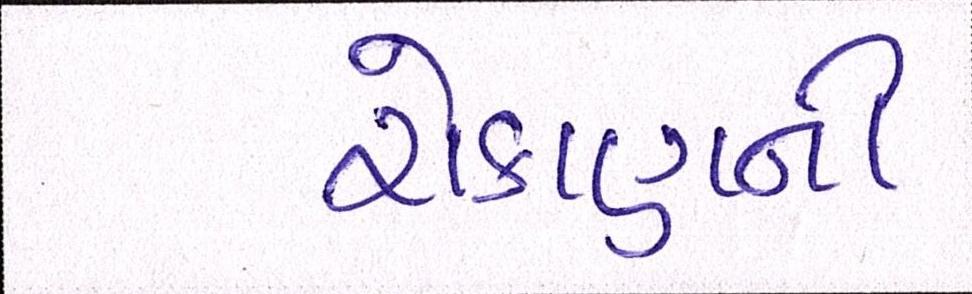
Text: રોકાણની